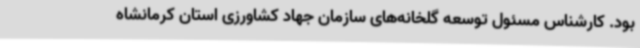
بود. کارشناس مسئول توسعه گلخانه‌های سازمان جهاد کشاورزی استان کرمانشاه